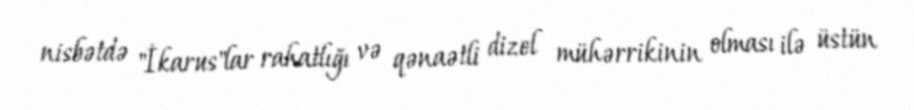
nisbətdə "İkarus"lar rahatlığı və qənaətli dizel mühərrikinin olması ilə üstün